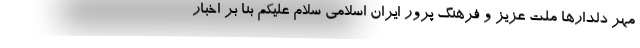
مهر دلدارها ملت عزیز و فرهنگ پرور ایران اسلامی سلام علیکم بنا بر اخبار